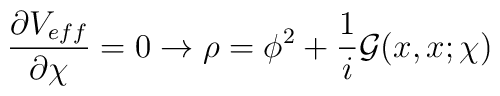
\frac{\partial V_{eff}}{\partial \chi} =0 \rightarrow \rho=\phi^2 + \frac{1}{i}{\cal G}(x,x;\chi)